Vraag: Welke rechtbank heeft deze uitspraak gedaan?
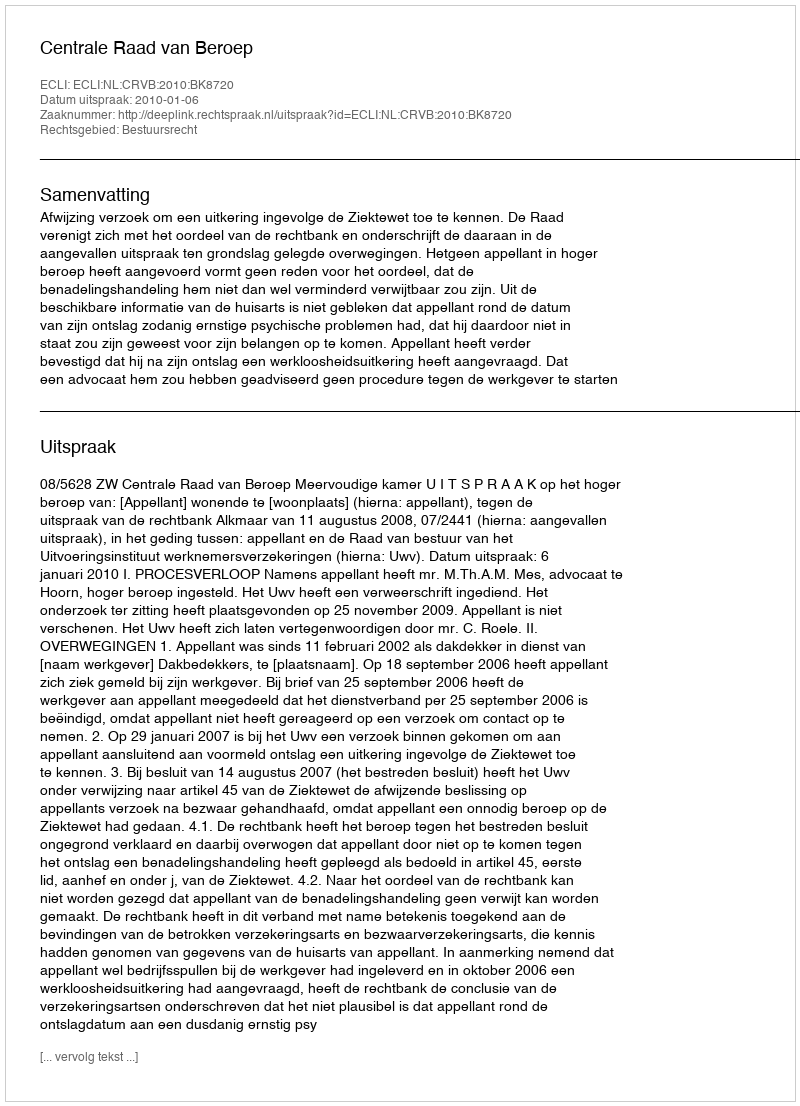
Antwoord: Centrale Raad van Beroep